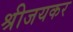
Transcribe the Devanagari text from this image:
श्रीजयकर